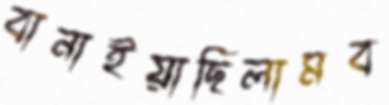
বানাইয়াছিলামব